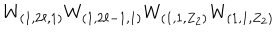
LaTeX: W _ { ( 1 , 2 \ell , 1 ) } W _ { ( 1 , 2 \ell - 1 , 1 ) } W _ { ( 1 , 1 , Z _ { 2 } ) } W _ { ( 1 , 1 , Z _ { 2 } ) }